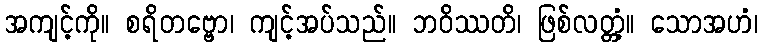
အကျင့်ကို။ စရိတဗ္ဗော၊ ကျင့်အပ်သည်။ ဘဝိဿတိ၊ ဖြစ်လတ္တံ့။ သောအဟံ၊